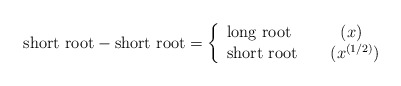
\begin{align*}\mbox{short root} - \mbox{short root}=\left\{ \begin{array}{l} \mbox{long root}\qquad \quad (x)\\ \mbox{short root}\qquad (x^{(1/2)})\\ \end{array} \right. \end{align*}